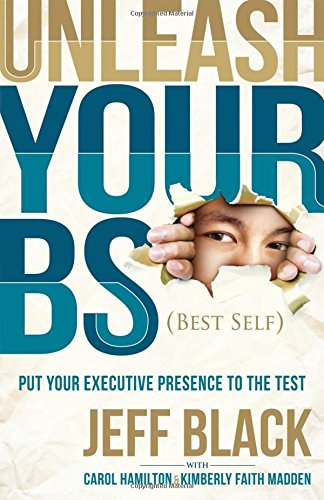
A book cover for Unleash Your BS (Best Self): Putting Your Executive Presence to the Test; Jeff Black; Self-Help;